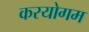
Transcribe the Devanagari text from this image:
करयोगम